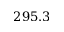
2 9 5 . 3